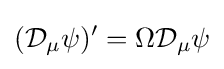
({\mathcal {D}}_{\mu }\psi )'=\Omega {\mathcal {D}}_{\mu }\psi